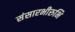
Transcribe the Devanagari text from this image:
संसारभीरुभि